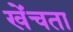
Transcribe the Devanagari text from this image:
खेंचता